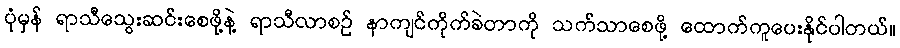
ပုံမှန် ရာသီသွေးဆင်းစေဖို့နဲ့ ရာသီလာစဉ် နာကျင်ကိုက်ခဲတာကို သက်သာစေဖို့ ထောက်ကူပေးနိုင်ပါတယ်။